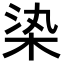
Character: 𣑱